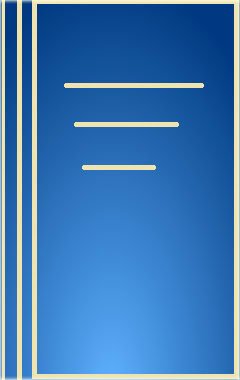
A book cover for Diseases of the Oral Mucosa; Philip L. McCarthy; Medical Books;